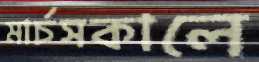
মার্চসকালে